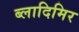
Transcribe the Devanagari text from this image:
ब्लादिमिर